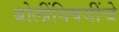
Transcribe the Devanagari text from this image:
बोलींविषयींचे